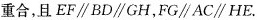
重合，且$$EF\parallel BD\parallel GH$$，$$FG\parallel AC\parallel HE$$。